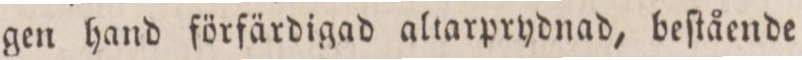
gen hand förfärdigad altarprydnad, beſtående